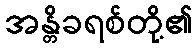
အန္တိခရစ်တို့၏